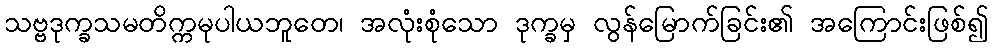
သဗ္ဗဒုက္ခသမတိက္ကမုပါယဘူတေ၊ အလုံးစုံသော ဒုက္ခမှ လွန်မြောက်ခြင်း၏ အကြောင်းဖြစ်၍